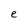
Character: e